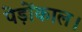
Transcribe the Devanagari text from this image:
पेड़ोंकाल।